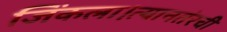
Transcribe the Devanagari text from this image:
जिंकला।त्यानतंरची